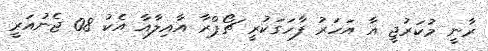
ރާނީ މުކަރުޖީ އާ އަހަރު ފާހަގަކުރީ ޗޯޕްރާ އާއިލާއާ އެކު 08 ޖެނުއަރީ